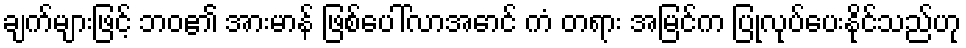
ချက်များဖြင့် ဘဝ၏ အားမာန် ဖြစ်ပေါ်လာအောင် ကံ တရား အမြင်က ပြုလုပ်ပေးနိုင်သည်ဟု